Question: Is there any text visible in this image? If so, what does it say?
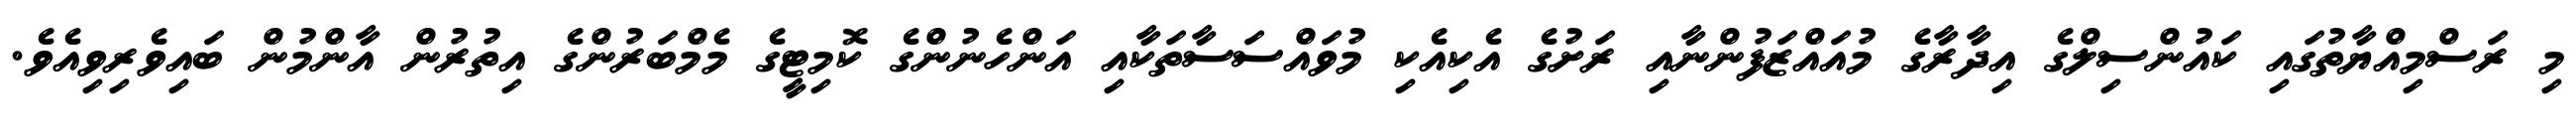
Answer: މި ރަސްމިއްޔާތުގައި ކައުންސިލްގެ އިދާރާގެ މުއައްޒަފުންނާއި ރަށުގެ އެކިއެކި މުވައްސަސާތަކާއި އަންހެނުންގެ ކޮމިޓީގެ މެމްބަރުންގެ އިތުރުން އާންމުން ބައިވެރިވިއެވެ.